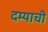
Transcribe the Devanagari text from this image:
दम्याची